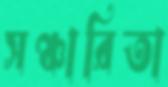
সঞ্চারিতা